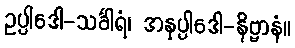
ဥပ္ပါဒေါ-သင်္ခါရံ၊ အနုပ္ပါဒေါ-နိဗ္ဗာနံ။